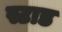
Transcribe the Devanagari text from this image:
स्टाड